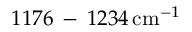
1 1 7 6 \, - \, 1 2 3 4 \, \mathrm { c m } ^ { - 1 }